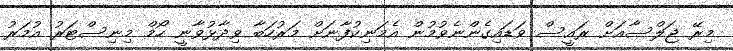
މިރޭ ޖަލްސާއަށް ރައީސް ވަޑައިގެންނެވުމުން އެމަނިކުފާނަށް މަރުހަބާ ވިދާޅުވާނީ ހޯމް މިނިސްޓަރު އުމަރު